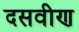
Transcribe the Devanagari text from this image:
दसवीण